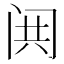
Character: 𬮢